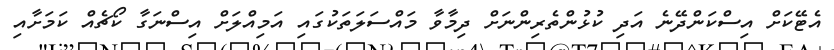
އެޓޭކަށް އިސްކަންދޭނެ އަދި ކުޅުންތެރިންްނަށް ދިމާވާ މައްސަލަތަކުގައި އަމިއްލަށް އިސްނަގާ ކޯޗެއް ކަމަށާއި